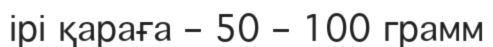
ірі қараға – 50 – 100 грамм